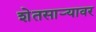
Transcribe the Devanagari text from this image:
शेतसाऱ्यावर